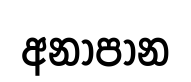
අනාපාන